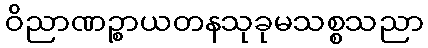
ဝိညာဏဉ္စာယတနသုခုမသစ္စသညာ